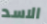
الاسد